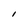
Character: l